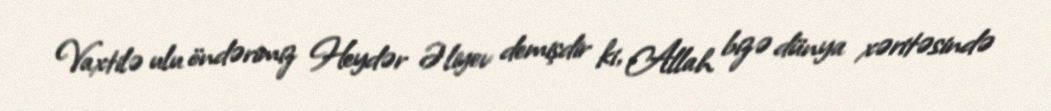
Vaxtilə ulu öndərimiz Heydər Əliyev demişdir ki, Allah bizə dünya xəritəsində